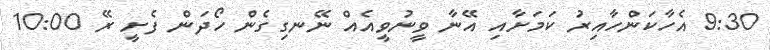
9:30 އެހާކަންހާއިރު ކަމަށާއި އޭނާ ވީނުވީއެއް ނޭނގިގެން ހޯދަން ފެށީ ރޭ 10:00